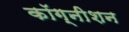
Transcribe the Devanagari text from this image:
कॉग्नीशन